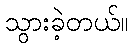
သွားခဲ့တယ်။